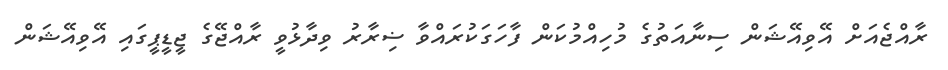
ރާއްޖެއަށް އޭވިއޭޝަން ސިނާއަތުގެ މުހިއްމުކަން ފާހަގަކުރައްވާ ޟިރާރު ވިދާޅުވީ ރާއްޖޭގެ ޖީޑީޕީގައި އޭވިއޭޝަން